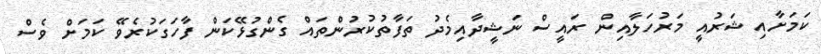
ކަމަށާއި ޝަރުއީ މަރުހަލާއިން ރައީސް ނަޝީދާއިމެދު ތަފާތުކުރުންތައް ގެންގުޅޭކަން ފާހަގަކުރެވޭ ކަމަށް ވެސް